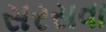
સરસવા